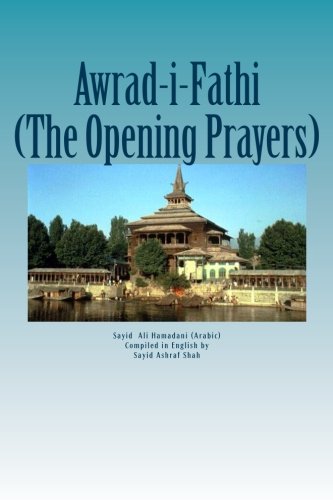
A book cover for Awrad-i-Fathiah: The Opening Prayers; Mir Sayid Ali Hamadani; Religion & Spirituality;